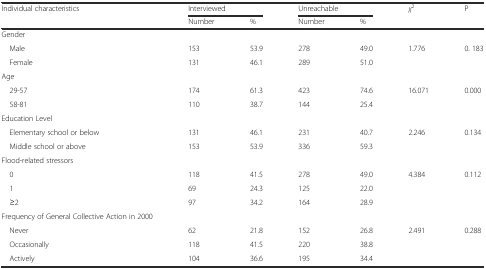
| <ROWSPAN=2> Individual characteristics | <COLSPAN=2> Interviewed | <COLSPAN=2> Unreachable | <ROWSPAN=2> χ2 | <ROWSPAN=2> P |
 | Number | % | Number | % |
 | --- | --- | --- | --- | --- | --- | --- |
 | Gender |  |  |  |  |  |  |
 | Male | 153 | 53.9 | 278 | 49.0 | <ROWSPAN=2> 1.776 | <ROWSPAN=2> 0. 183 |
 | Female | 131 | 46.1 | 289 | 51.0 |
 | Age |  |  |  |  |  |  |
 | 29-57 | 174 | 61.3 | 423 | 74.6 | <ROWSPAN=2> 16.071 | <ROWSPAN=2> 0.000 |
 | 58-81 | 110 | 38.7 | 144 | 25.4 |
 | Education Level |  |  |  |  |  |  |
 | Elementary school or below | 131 | 46.1 | 231 | 40.7 | <ROWSPAN=2> 2.246 | <ROWSPAN=2> 0.134 |
 | Middle school or above | 153 | 53.9 | 336 | 59.3 |
 | Flood-related stressors |  |  |  |  |  |  |
 | 0 | 118 | 41.5 | 278 | 49.0 | <ROWSPAN=3> 4.384 | <ROWSPAN=3> 0.112 |
 | 1 | 69 | 24.3 | 125 | 22.0 |
 | ≥2 | 97 | 34.2 | 164 | 28.9 |
 | Frequency of General Collective Action in 2000 |  |  |  |  |  |  |
 | Never | 62 | 21.8 | 152 | 26.8 | <ROWSPAN=3> 2.491 | <ROWSPAN=3> 0.288 |
 | Occasionally | 118 | 41.5 | 220 | 38.8 |
 | Actively | 104 | 36.6 | 195 | 34.4 |